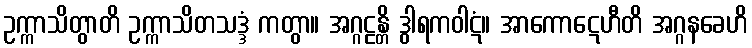
ဥက္ကာသိတွာတိ ဥက္ကာသိတသဒ္ဒံ ကတွာ။ အဂ္ဂဠန္တိ ဒွါရကဝါဋံ။ အာကောဋေဟီတိ အဂ္ဂနခေဟိ